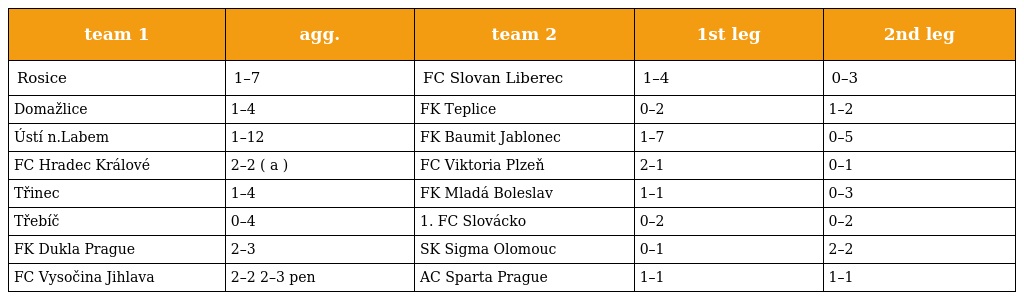
| team 1 | agg. | team 2 | 1st leg | 2nd leg |
 | --- | --- | --- | --- | --- |
 | Rosice | 1–7 | FC Slovan Liberec | 1–4 | 0–3 |
 | Domažlice | 1–4 | FK Teplice | 0–2 | 1–2 |
 | Ústí n.Labem | 1–12 | FK Baumit Jablonec | 1–7 | 0–5 |
 | FC Hradec Králové | 2–2 ( a ) | FC Viktoria Plzeň | 2–1 | 0–1 |
 | Třinec | 1–4 | FK Mladá Boleslav | 1–1 | 0–3 |
 | Třebíč | 0–4 | 1. FC Slovácko | 0–2 | 0–2 |
 | FK Dukla Prague | 2–3 | SK Sigma Olomouc | 0–1 | 2–2 |
 | FC Vysočina Jihlava | 2–2 2–3 pen | AC Sparta Prague | 1–1 | 1–1 |